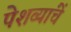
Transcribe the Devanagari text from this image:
पेशव्यांचें